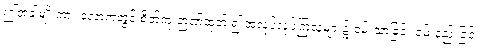
ဤအခါမျိုးကား လောကတွင် စိတ်ကူးဉာဏ်ထုတ် ၍ အလုပ်လုပ်ကြသူများ၌ ဝမ်းသာခြင်း ဝမ်းနည်းခြင်း၊